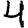
Digit: 4